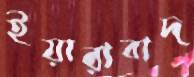
ইয়ারাবাদ